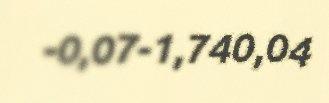
-0,07-1,740,04